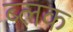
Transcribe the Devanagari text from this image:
ब्लक